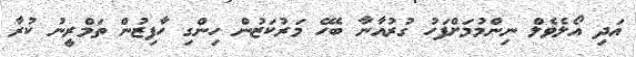
އަދި އޯލެވެލް ނިންމުމަށްފަހު ގުރުއާނާ ބެހޭ މަރުކަޒުން ހިންގި ހާފިޒުން ތަމްރީނު ކުރާ